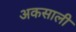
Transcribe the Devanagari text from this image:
अकसाली